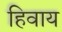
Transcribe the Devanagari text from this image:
हिवाय